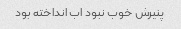
پنیرش خوب نبود‌ اب انداخته بود